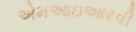
એમઆઇઆરવી